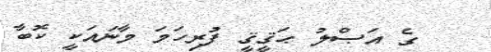
ގެ އަޞްލު ޙަޤީޤީ ފުރިހަމަ މާނައަކީ ކޮބާ